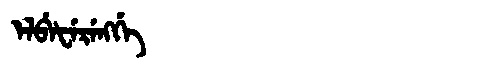
Manchu: ᡝᠯᠪᡝᡶᡝᡵᡝᠩᡤᡝ
Romanization: ELBEFERENGGE